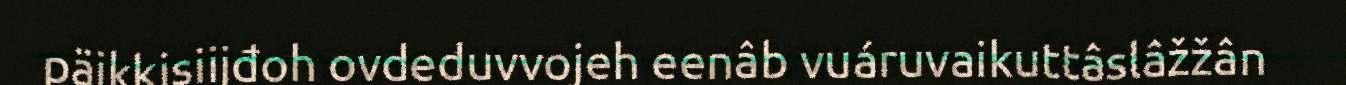
päikkisiijđoh ovdeduvvojeh eenâb vuáruvaikuttâslâžžân